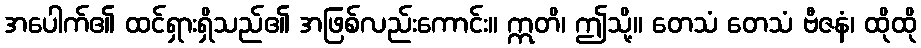
အပေါက်၏ ထင်ရှားရှိသည်၏ အဖြစ်လည်းကောင်း။ ဣတိ၊ ဤသို့။ တေသံ တေသံ ဗီဇနံ၊ ထိုထို